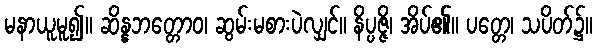
မနာယူမူ၍။ ဆိန္နဘတ္တောဝ၊ ဆွမ်းမစားပဲလျှင်။ နိပ္ပဇ္ဇိ၊ အိပ်၏။ ပတ္တေ၊ သပိတ်၌။